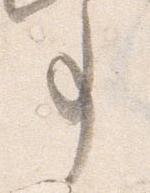
事